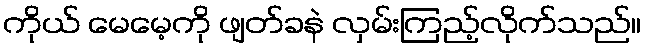
ကိုယ် မေမေ့ကို ဖျတ်ခနဲ လှမ်းကြည့်လိုက်သည်။